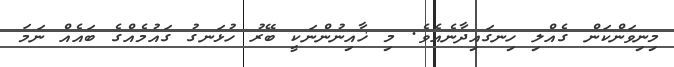
މިނިވަންކަން ގެއްލި ހިނގައިދާނެއެވެ. މި ޚާއިނުންނަކީ ބޭރު ހުޅަނގު ގައުމެއްގެ ބައެއް ނަމަ